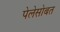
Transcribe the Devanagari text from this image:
पेलेसोबत